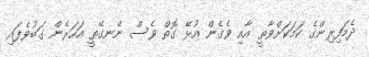
ދެމަފިރިންގެ ކަމަކަށްވާތީ އާއި ވެގެން އުޅޭ ގޮތް ވެސް ނޭނގޭތީ އަހަރެން ގަބުވެފައި